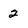
Character: 2